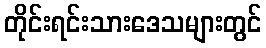
တိုင်းရင်းသားဒေသများတွင်